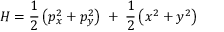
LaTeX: H = \frac { 1 } { 2 } \left( p _ { x } ^ { 2 } + p _ { y } ^ { 2 } \right) \; + \; \frac { 1 } { 2 } \left( x ^ { 2 } + y ^ { 2 } \right) \nonumber